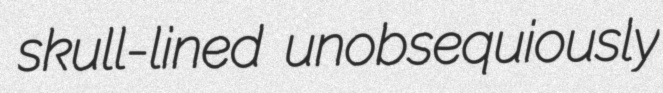
skull-lined unobsequiously